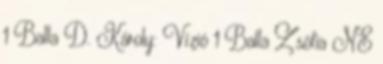
1 Balla D. Károly: Vízió 1 Balla Zsófia NE